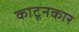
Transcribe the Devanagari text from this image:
काटूनकार